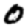
Digit: 0